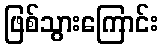
ဖြစ်သွားကြောင်း